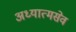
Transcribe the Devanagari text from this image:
अध्यात्मसेव